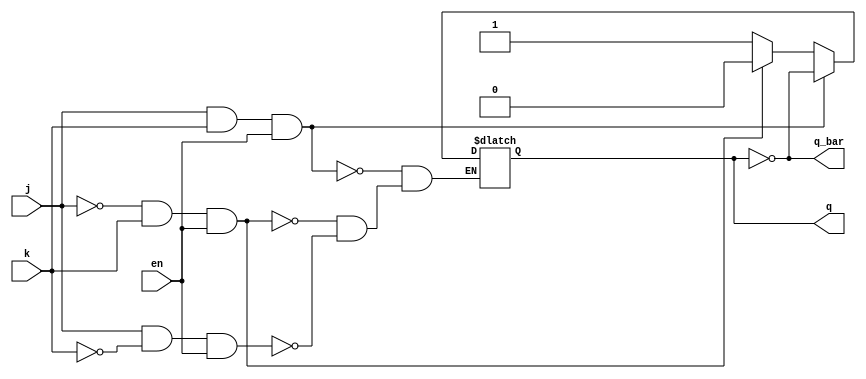
// This program was cloned from: https://github.com/Aryavardhan37/Verilog_codes
// License: MIT License

module jk_latch(input j, input k, input en, output reg q, output reg q_bar);
    always @(j,k,en)
        if (j & k & en)
            q <= ~q;
        else if (~j & k & en)
            q <= 0;
        else if (j & ~k & en)
            q <= 1;
        
    always @(j,k,en)
        q_bar = ~q;
endmodule